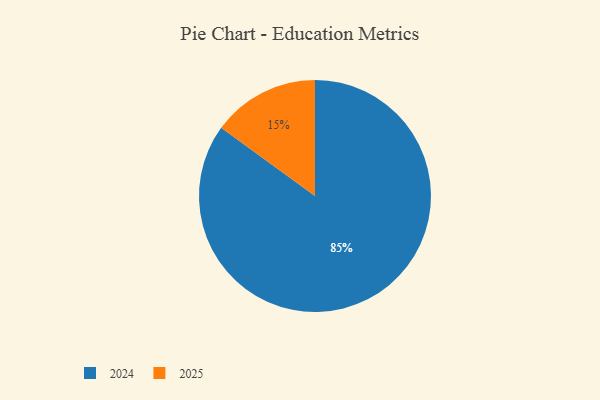
{"axis": {"x": "Category", "y": "Percentage"}, "legend": ["2024", "2025"], "data": [{"x": "2025", "y": 15, "type": "2025"}, {"x": "2024", "y": 85, "type": "2024"}]}